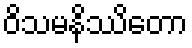
ဝိသမနိဿိတော